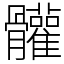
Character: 𩪼